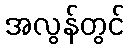
အလွန်တွင်